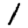
Digit: 1